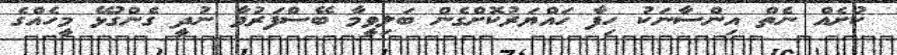
ކުށެއް ނެތް އިންސާނަކު ހިފާ ހައްޔަރުކޮށްގެން ބަލިވީމާާ ބޭސްފަރުވާ ނުދީ ގެންގުޅޭ މީހެއްގެ